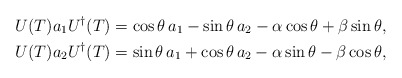
\begin{align*}\begin{aligned}U(T) a_1 U^{\dagger}(T)=\cos \theta\,a_1-\sin \theta\,a_2-\alpha \cos \theta+\beta \sin \theta,\\U(T) a_2 U^{\dagger}(T)=\sin \theta\,a_1+\cos \theta\,a_2-\alpha \sin \theta-\beta \cos \theta,\end{aligned}\end{align*}